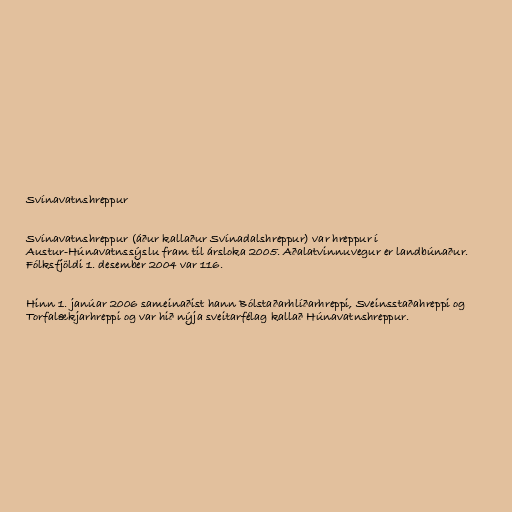
Svínavatnshreppur

Svínavatnshreppur (áður kallaður Svínadalshreppur) var hreppur í
Austur-Húnavatnssýslu fram til ársloka 2005. Aðalatvinnuvegur er landbúnaður.
Fólksfjöldi 1. desember 2004 var 116.

Hinn 1. janúar 2006 sameinaðist hann Bólstaðarhlíðarhreppi, Sveinsstaðahreppi og
Torfalækjarhreppi og var hið nýja sveitarfélag kallað Húnavatnshreppur.